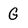
Character: G